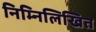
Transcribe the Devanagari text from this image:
निम्‍निलिखित